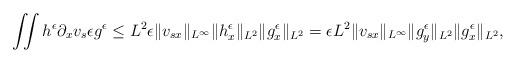
LaTeX: \begin{align*}\begin{aligned}\iint h^\epsilon \partial_x v_s \epsilon g^\epsilon &\leq L^2 \epsilon \Vert v_{sx} \Vert_{L^\infty}\Vert h^\epsilon_x\Vert_{L^2}\Vert g^\epsilon_x\Vert_{L^2}= \epsilon L^2 \Vert v_{sx} \Vert_{L^\infty}\Vert g^\epsilon_y \Vert_{L^2}\Vert g^\epsilon_x\Vert_{L^2},\end{aligned}\end{align*}